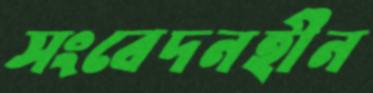
সংবেদনহীন